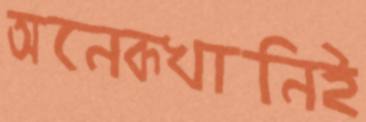
অনেকখানিই